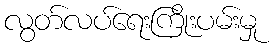
လွတ်လပ်ရေးကြိုးပမ်းမှု